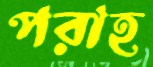
পরাহ